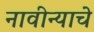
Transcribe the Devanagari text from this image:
नावीन्याचे